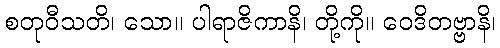
စတုဝီသတိ၊ သော။ ပါရာဇိကာနိ၊ တို့ကို။ ဝေဒိတဗ္ဗာနိ၊